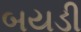
બયડી